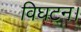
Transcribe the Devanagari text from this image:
विघटन।